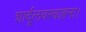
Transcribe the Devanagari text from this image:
शार्दूलवरवाहना।